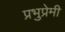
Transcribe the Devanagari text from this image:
प्रभुप्रेमी